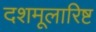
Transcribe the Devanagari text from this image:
दशमूलारिष्ट